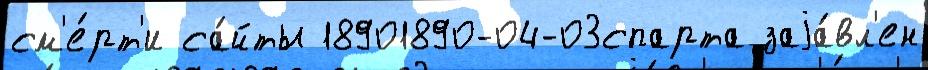
см'е́рт'и са́йты 18901890-04-03спарта заjа́вл'ен